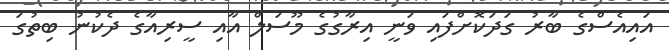
އައިއެސްގެ ބާރު ގަދަކޮށްފައި ވަނީ އިރާގުގެ މޫސަލް އާއި ސީރިއާގެ ދެކުނު ބިތުގަ